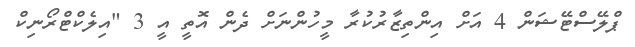
ޕްލޭސްޓޭޝަން 4 އަށް އިންތިޒާރުކުރާ މީހުންނަށް ދެން އޮތީ އީ 3 "އިލެކްޓްރޯނިކް